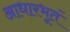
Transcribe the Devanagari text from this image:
आधारभूतं